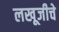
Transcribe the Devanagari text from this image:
लखूजीचे